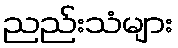
ညည်းသံများ